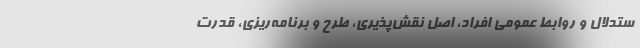
ستدلال و روابط عمومی افراد، اصل نقش‌پذیری، طرح و برنامه‌ریزی، قدرت